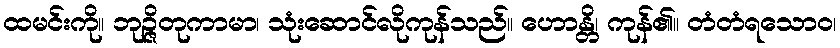
ထမင်းကို။ ဘုဉ္ဇိတုကာမာ၊ သုံးဆောင်လိုကုန်သည်။ ဟောန္တိ၊ ကုန်၏။ တံတံရသောဝ၊